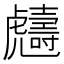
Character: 𧈙